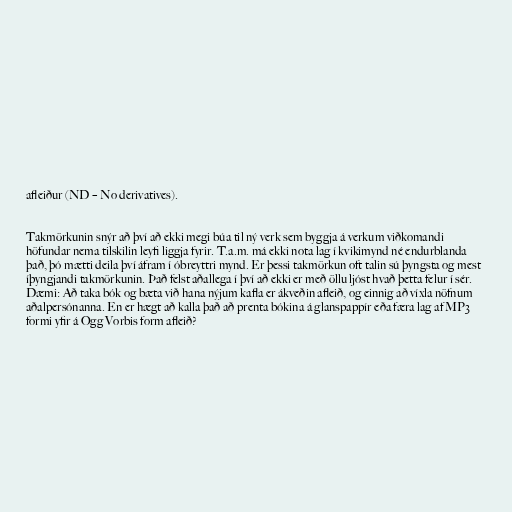
afleiður (ND – No derivatives).

Takmörkunin snýr að því að ekki megi búa til ný verk sem byggja á verkum viðkomandi
höfundar nema tilskilin leyfi liggja fyrir. T.a.m. má ekki nota lag í kvikimynd né endurblanda
það, þó mætti deila því áfram í óbreyttri mynd. Er þessi takmörkun oft talin sú þyngsta og mest
íþyngjandi takmörkunin. Það felst aðallega í því að ekki er með öllu ljóst hvað þetta felur í sér.
Dæmi: Að taka bók og bæta við hana nýjum kafla er ákveðin afleið, og einnig að víxla nöfnum
aðalpersónanna. En er hægt að kalla það að prenta bókina á glanspappír eða færa lag af MP3
formi yfir á Ogg Vorbis form afleið?